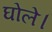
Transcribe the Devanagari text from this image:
घोले।